system: You are a helpful assistant.
user:
Analyze the provided spectrum to determine if it is a **Carbon Star (C-type)**.

- **Key Visual Indicators of Carbon Star:**
    - **(Primary):** Strong molecular absorption from **C₂ (diatomic carbon) "Swan Bands."** This is the **defining feature** of a carbon star.
        - **(Key Bandheads):** Sharp absorption edges are visible at approximately $5635$ Å, $5165$ Å (the strongest band), and $4737$ Å.
        - **(Line Profile):** Creates a distinct **"saw-tooth"** pattern. The key morphology is a sharp, steep bandhead on the **red (long-wavelength) side**, which then gradually tapers off (i.e., flux recovers) towards the **blue (short-wavelength) side**. *(This is the direct opposite of the TiO bands seen in M-type stars)*.

    - **(Secondary):** Intense **CN (cyanogen)** molecular absorption bands.
        - **(Key Bandheads):** Located in the blue and violet regions of the spectrum (e.g., near $4215$ Å and $3883$ Å).
        - **(Morphology):** These bands are extremely broad and act as a "blanket," absorbing the vast majority of blue and violet light. This creates a characteristic **"cliff"** or **"steep drop-off"** in the spectrum's flux at short wavelengths.

    - **(Key Confirmation):** Strong **CH absorption band (G-band)**.
        - **(Key Bandhead):** Located around $4300$ Å. The contribution from CH molecules to this band is exceptionally strong.

    - **(Overall Spectrum):**
        - The continuum is severely "chopped up" by these deep molecular bands, especially C₂, rather than appearing as a smooth curve.
        - Due to the heavy CN and C₂ absorption in the blue-green, the vast majority of the star's flux is concentrated in the red part of the spectrum, giving the star its characteristic deep red color.

Think first, call **spectral_visualization_tool** if needed to examine features in detail, then provide your final answer. Your response must adhere to the following strict rules:
1.  **Overall Structure:** Your response must follow the format `<think>...</think> <tool_call>...</tool_call> (if a tool is used) <answer>...</answer>`.
2.  **Tool Usage Constraint:** You may only make **one** tool call per turn.
3.  **Final Answer Format:** In the `<answer>` tag, your conclusion must be inside a `\boxed{}` command (e.g., `\boxed{YES}`), followed by your justification.

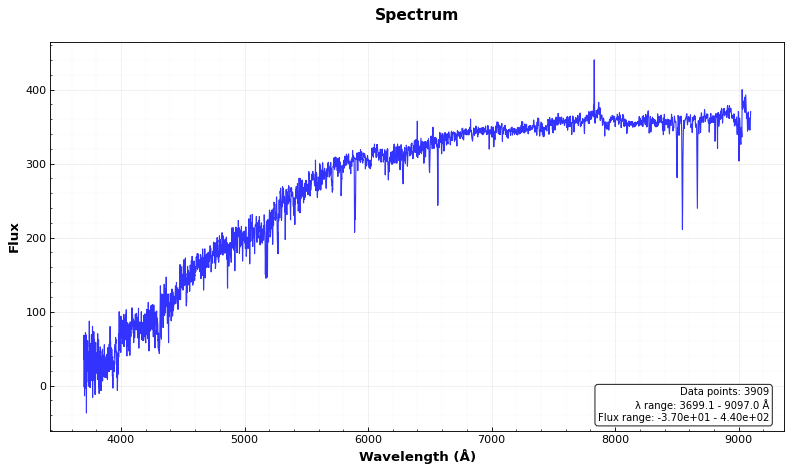
Answer: NO